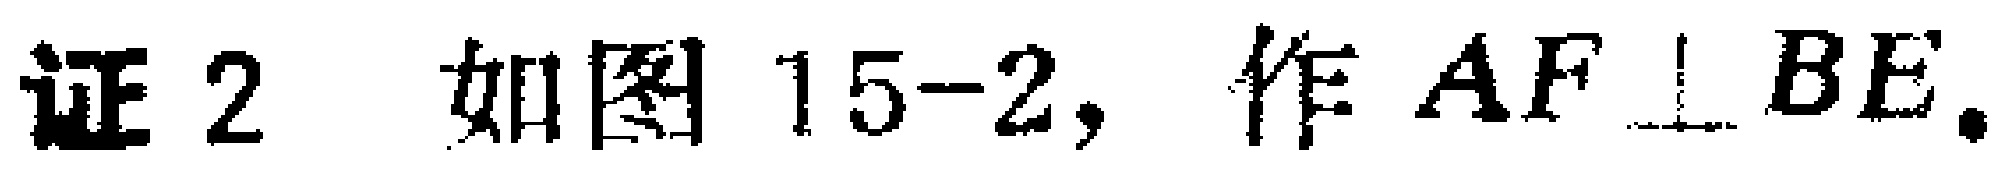
证2 如图15-2，作 \(AF\perp BE\)。